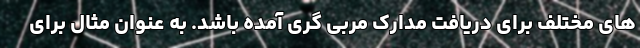
های مختلف برای دریافت مدارک مربی گری آمده باشد. به عنوان مثال برای